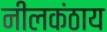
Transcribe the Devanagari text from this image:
नीलकंठाय